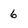
Character: 6